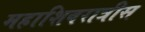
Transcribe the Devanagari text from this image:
महाशिवरात्रीस